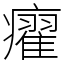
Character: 㿑